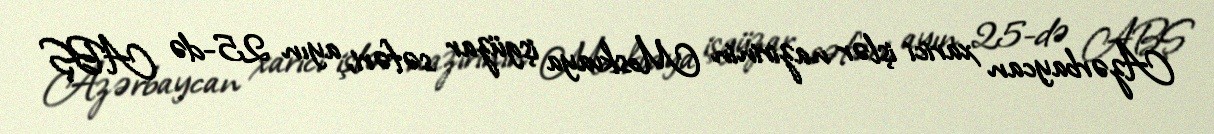
Azərbaycan xarici işlər nazirinin Moskvaya işgüzar səfəri, ayın 25-də ABŞ